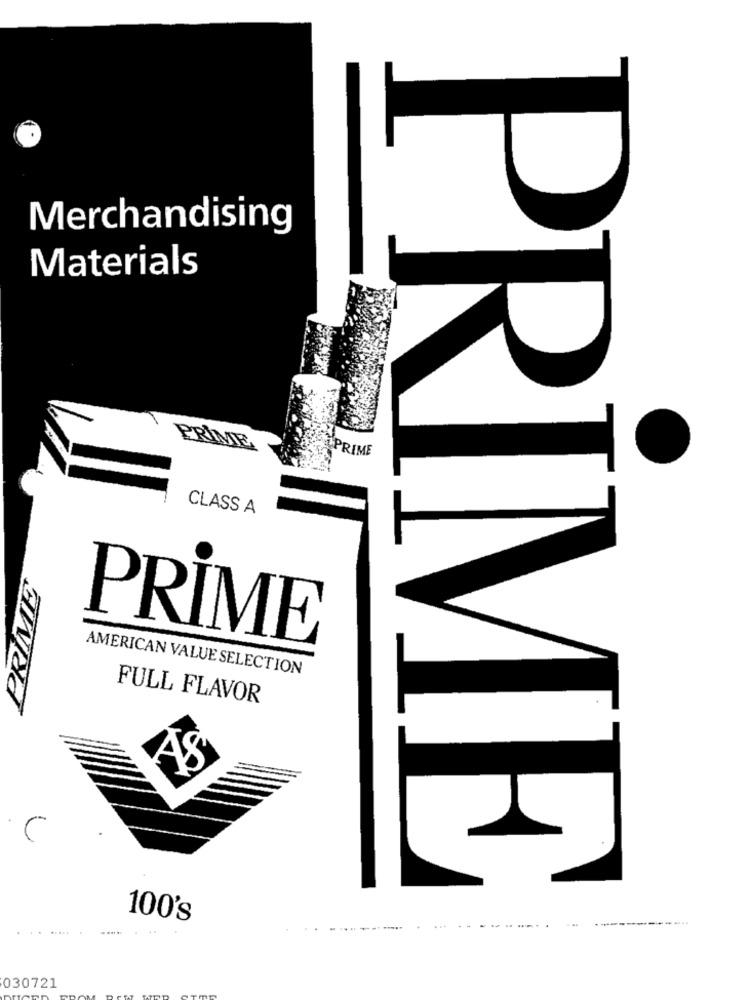
Merchandising
Materials
PRIME
APRIME
CLASS A
PRIME
AMERICAN VALUE SELECTION
AWad
FULL FLAVOR
PRIME
100's
.... .
----
030721